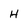
Character: H